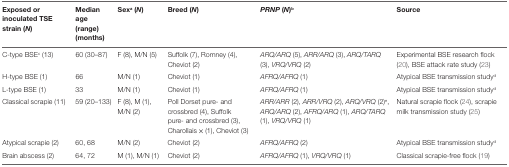
<table><thead><tr><td><b>Exposed or inoculated TSE strain (<i>N</i>)</b></td><td><b>Median age (range) (months)</b></td><td><b>Sex<sup>a</sup> (<i>N</i>)</b></td><td><b>Breed (<i>N</i>)</b></td><td><b><i>PRNP</i> (<i>N</i>)<sup>b</sup></b></td><td><b>Source</b></td></tr></thead><tbody><tr><td>C-type BSE<sup>c</sup> (13)</td><td>60 (30–87)</td><td>F (8), M/N (5)</td><td>Suffolk (7), Romney (4), Cheviot (2)</td><td><i>ARQ/ARQ</i> (5), <i>ARR/ARQ</i> (3), <i>ARQ/TARQ</i> (3), <i>VRQ/VRQ</i> (2)</td><td>Experimental BSE research flock (20), BSE attack rate study (23)</td></tr><tr><td>H-type BSE (1)</td><td>66</td><td>M/N (1)</td><td>Cheviot (1)</td><td><i>AFRQ/AFRQ</i> (1)</td><td>Atypical BSE transmission study<sup>d</sup></td></tr><tr><td>L-type BSE (1)</td><td>33</td><td>M/N (1)</td><td>Cheviot (1)</td><td><i>AFRQ/AFRQ</i> (1)</td><td>Atypical BSE transmission study<sup>d</sup></td></tr><tr><td>Classical scrapie (11)</td><td>59 (20–133)</td><td>F (8), M (1), M/N (2)</td><td>Poll Dorset pure- and crossbred (4), Suffolk pure- and crossbred (3), Charollais × (1), Cheviot (3)</td><td><i>ARR/ARR</i> (2), <i>ARR/VRQ</i> (2), <i>ARQ/VRQ</i> (2)<sup>e</sup>, <i>ARQ/ARQ</i> (2), <i>AFRQ/ARQ</i> (1), <i>ARQ/TARQ</i> (1), <i>VRQ/VRQ</i> (1)</td><td>Natural scrapie flock (24), scrapie milk transmission study (25)</td></tr><tr><td>Atypical scrapie (2)</td><td>60, 68</td><td>M/N (2)</td><td>Cheviot (2)</td><td><i>AFRQ/AFRQ</i> (2)</td><td>Atypical BSE transmission study<sup>d</sup></td></tr><tr><td>Brain abscess (2)</td><td>64, 72</td><td>M (1), M/N (1)</td><td>Cheviot (2)</td><td><i>AFRQ/AFRQ</i> (1), <i>VRQ/VRQ</i> (1)</td><td>Classical scrapie-free flock (19)</td></tr></tbody></table>